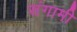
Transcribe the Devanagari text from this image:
संगामी